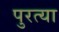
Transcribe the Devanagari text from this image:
पुरत्या